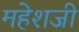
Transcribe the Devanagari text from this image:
महेशजी